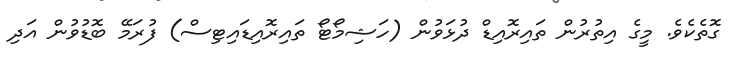
ގޮތެކެވެ. މީގެ އިތުރުން ތައިރޮއިޑް ދުޅަވުން (ހަޝިމޯޓޯ ތައިރޮއިޑައިޓިސް) ފުރަމޭ ބޮޑުވުން އަދި